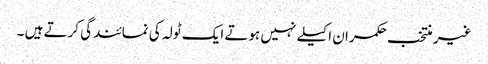
غیر منتخب حکمران اکیلے نہیں ہوتے ایک ٹولہ کی نمائندگی کرتے ہیں ۔